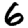
Digit: 6